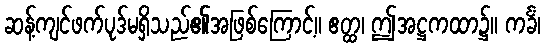
ဆန့်ကျင်ဖက်ပုဒ်မရှိသည်၏အဖြစ်ကြောင့်။ ဧတ္ထ၊ ဤအဋ္ဌကထာ၌။ ကင်္ခံ၊